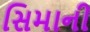
સિમાની